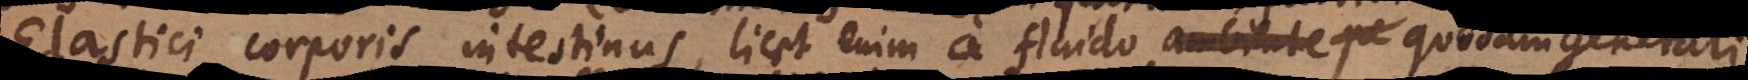
Elastici corporis intestinus, licet enim a fluido ambiente pe quodam generali